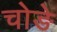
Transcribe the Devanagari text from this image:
चोङे